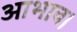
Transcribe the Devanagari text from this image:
आभाव।